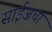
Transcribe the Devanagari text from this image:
साईजचा